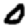
Digit: 0